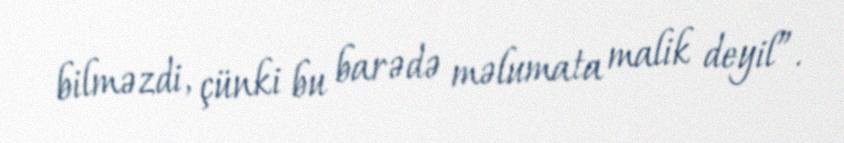
bilməzdi, çünki bu barədə məlumata malik deyil”.